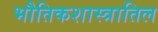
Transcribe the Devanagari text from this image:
भौतिकशास्त्रातिल